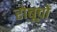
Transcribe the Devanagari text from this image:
रोबूचों